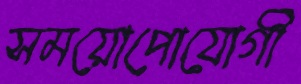
সময়োপোযোগী